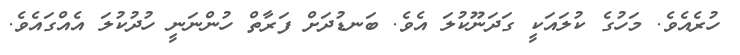
ހުރެއެވެ. މަހުގެ ކުލައަކީ ގަދަނޫކުލަ އެވެ. ބަނޑުދަށް ފަރާތް ހުންނަނީ ހުދުކުލަ އެއްގައެވެ.